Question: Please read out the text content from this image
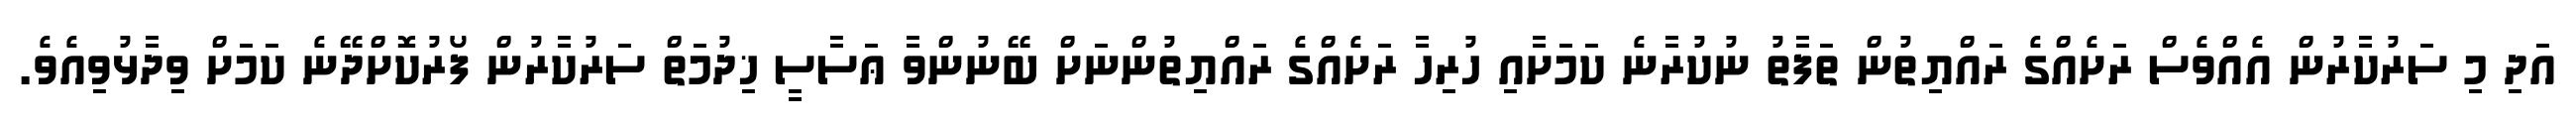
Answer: އަދި މި ސަރުކާރުން އެއްވެސް ރަށެއްގެ ރައްޔިތުން ތަފާތު ނުކުރާނެ ކަމަށާއި ހުރިހާ ރަށެއްގެ ރައްޔިތުންނަށް ބޭނުންވާ ޢަސާސީ ޚިދުމަތް ސަރުކާރުން ފޯރުކޮށްދޭނެ ކަމަށް ވިދާޅުވިއެވެ.